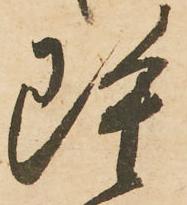
雖